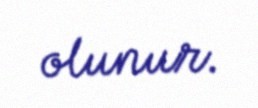
olunur.